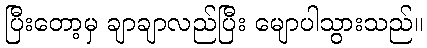
ပြီးတော့မှ ချာချာလည်ပြီး မျောပါသွားသည်။